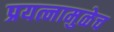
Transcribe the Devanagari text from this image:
प्रयत्नामुळेच